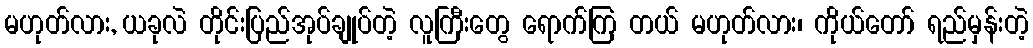
မဟုတ်လား, ယခုလဲ တိုင်းပြည်အုပ်ချုပ်တဲ့ လူကြီးတွေ ရောက်ကြ တယ် မဟုတ်လား၊ ကိုယ်တော် ရည်မှန်းတဲ့